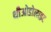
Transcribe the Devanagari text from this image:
थीओडोलाइट